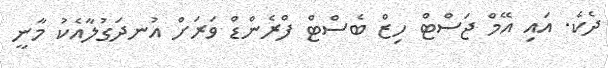
ދެކެ. އައި އޭމް ޖަސްޓް ހިޒް ބެސްޓް ފްރެންޑް ވަރަށް އުނދަގުލާއެކު މާނީ